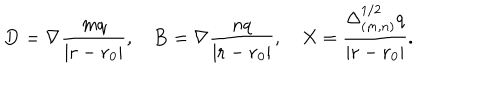
{ \bf D } = \nabla { \frac { m q } { | { \bf r } - { \bf r } _ { 0 } | } } , { \bf B } = \nabla { \frac { n q } { | { \bf r } - { \bf r } _ { 0 } | } } , X = { \frac { \Delta _ { ( m , n ) } ^ { 1 / 2 } q } { | { \bf r } - { \bf r } _ { 0 } | } } .